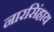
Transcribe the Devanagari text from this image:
नारसिंहाय